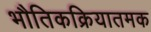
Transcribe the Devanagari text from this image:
भौतिकक्रियातमक